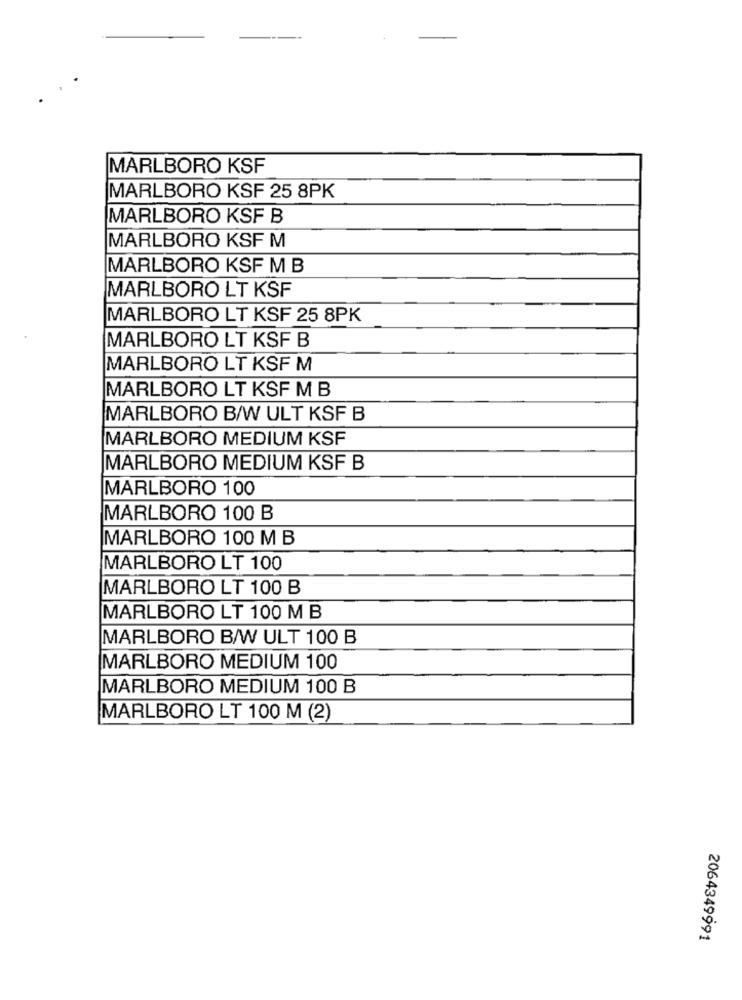
MARLBORO KSF
MARLBORO KSF 25 8PK
MARLBORO KSF B
MARLBORO KSF M
MARLBORO KSF M B
MARLBORO LT KSF
MARLBORO LT KSF 25 8PK
MARLBORO LT KSF B
MARLBORO LT KSF M
MARLBORO LT KSF M B
MARLBORO B/W ULT KSF B
MARLBORO MEDIUM KSF
MARLBORO MEDIUM KSF B
MARLBORO 100
MARLBORO 100 B
MARLBORO 100 M B
MARLBORO LT 100
MARLBORO LT 100 B
MARLBORO LT 100 M B
MARLBORO B/W ULT 100 B
MARLBORO MEDIUM 100
MARLBORO MEDIUM 100 B
MARLBORO LT 100 M (2)
2064349991